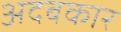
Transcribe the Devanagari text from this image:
अदबकार